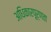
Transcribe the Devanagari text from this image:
अधिकारपूर्णता